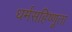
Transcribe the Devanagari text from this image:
धर्मसहिष्णूता